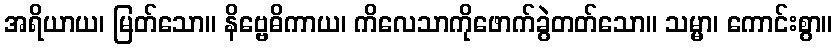
အရိယာယ၊ မြတ်သော။ နိဗ္ဗေဓိကာယ၊ ကိလေသာကိုဖောက်ခွဲတတ်သော။ သမ္မာ၊ ကောင်းစွာ။